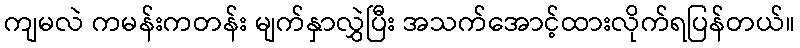
ကျမလဲ ကမန်းကတန်း မျက်နှာလွှဲပြီး အသက်အောင့်ထားလိုက်ရပြန်တယ်။